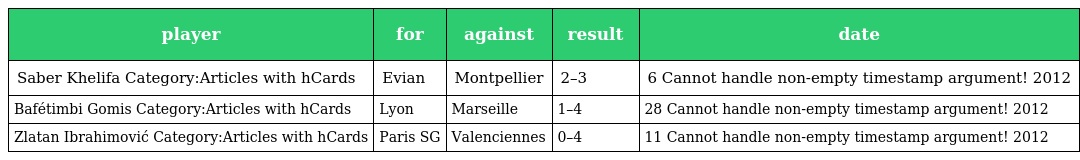
| player | for | against | result | date |
 | --- | --- | --- | --- | --- |
 | Saber Khelifa Category:Articles with hCards | Evian | Montpellier | 2–3 | 6 Cannot handle non-empty timestamp argument! 2012 |
 | Bafétimbi Gomis Category:Articles with hCards | Lyon | Marseille | 1–4 | 28 Cannot handle non-empty timestamp argument! 2012 |
 | Zlatan Ibrahimović Category:Articles with hCards | Paris SG | Valenciennes | 0–4 | 11 Cannot handle non-empty timestamp argument! 2012 |